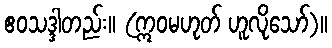
ဧဝသဒ္ဒါတည်း။ (ဣဝမဟုတ် ဟူလိုသော်)။